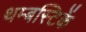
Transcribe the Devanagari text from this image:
थम्बस्टिकें